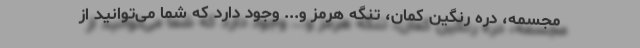
مجسمه، دره رنگین کمان، تنگه هرمز و... وجود دارد که شما می‌توانید از